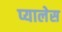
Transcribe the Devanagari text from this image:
प्यालेस